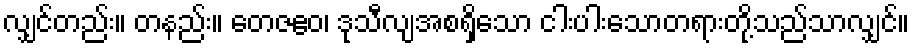
လျှင်တည်း။ တနည်း။ တေဇဧဝ၊ ဒုသီလျအစရှိသော ငါးပါးသောတရားတို့သည်သာလျှင်။